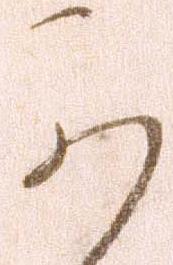
可